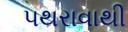
પથરાવાથી